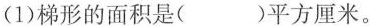
(1)梯形的面积是( )平方厘米。